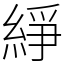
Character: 䋫